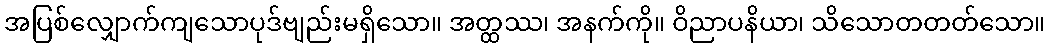
အပြစ်လျှောက်ကျသောပုဒ်ဗျည်းမရှိသော။ အတ္ထဿ၊ အနက်ကို။ ဝိညာပနိယာ၊ သိသောတတတ်သော။